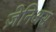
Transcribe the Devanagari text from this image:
ज़ेनिअस